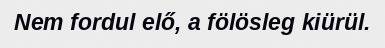
Nem fordul elő, a fölösleg kiürül.